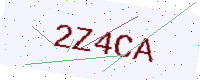
Text: 2Z4CA